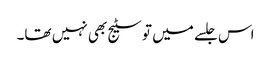
اس جلسے میں تو سٹیج بھی نہیں تھا۔